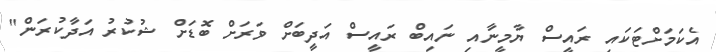
އެކަމަށްޓަކައި ރައީސް ޔާމީނާއި ނައިބް ރައީސް އަދީބަށް ވަރަށް ބޮޑަށް ޝުކުރު އަދާކުރަން"